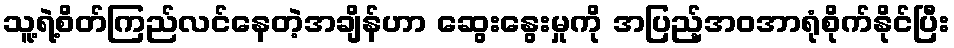
သူ့ရဲ့စိတ်ကြည်လင်နေတဲ့အချိန်ဟာ ဆွေးနွေးမှုကို အပြည့်အဝအာရုံစိုက်နိုင်ပြီး